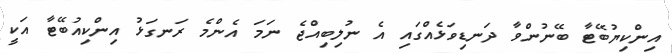
އިންކިޔުބޭޓާ ބޭނުންވާ ދަނޑިވަޅެއްގައި އެ ނުލިބިއްޖެ ނަމަ އެންމެ ރަނގަޅު އިންކިއުބޭޓާ އަކީ